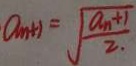
a _ { m + 1 } = \sqrt { \frac { a _ { n } + 1 } { 2 . } }